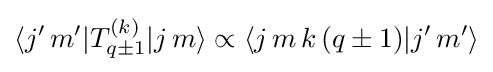
\langle j'\,m'|T_{q\pm 1}^{(k)}|j\,m\rangle \propto \langle j\,m\,k\,(q\pm 1)|j'\,m'\rangle